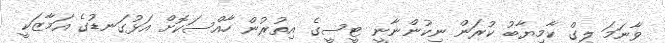
ވާނަމަ ލީގް ކާމިޔާބު ކުރަން ނިކުންނާނީ ޓީސީގެ އިތުރުން ހާއްސަކޮށް އަޅުގަނޑުގެ އަމާޒަކީ